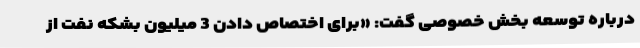
درباره توسعه بخش خصوصی گفت: «برای اختصاص دادن 3 میلیون بشکه نفت از